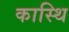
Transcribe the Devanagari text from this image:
कास्थि